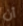
أن